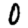
Digit: 0